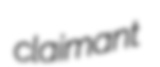
claimant